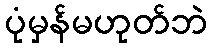
ပုံမှန်မဟုတ်ဘဲ